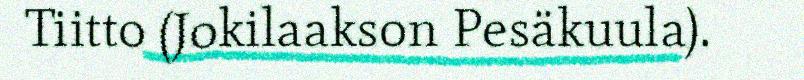
Tiitto (Jokilaakson Pesäkuula).